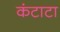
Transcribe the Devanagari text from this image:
कंटाटा